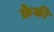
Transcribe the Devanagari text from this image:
क्रेकी